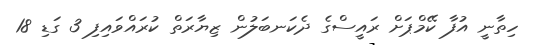
ހިތާނީ އުފާ ކޭމްޕަށް ރައީސްގެ ދެކަނބަލުން ޒިޔާރަތް ކުރައްވައިފި 3 ގަޑި 18